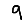
Digit: 9